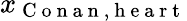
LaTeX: x_{\mathrm{~C~o~n~a~n~},\mathrm{~h~e~a~r~t~}}